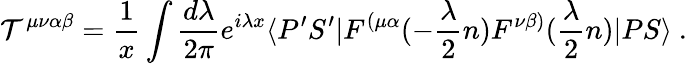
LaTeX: {\cal T}^{\mu\nu\alpha\beta}={\frac{1}{x}}\int{\frac{d\lambda}{2\pi}}e^{i\lambda x}\langle P^{\prime}S^{\prime}|F^{(\mu\alpha}(-{\frac{\lambda}{2}}n)F^{\nu\beta)}({\frac{\lambda}{2}}n)|PS\rangle\ .